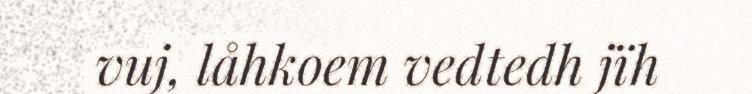
vuj, låhkoem vedtedh jïh